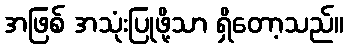
အဖြစ် အသုံးပြုဖို့သာ ရှိတော့သည်။